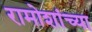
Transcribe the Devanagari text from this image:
रामोशांच्या